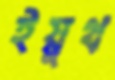
ইয়ুথ